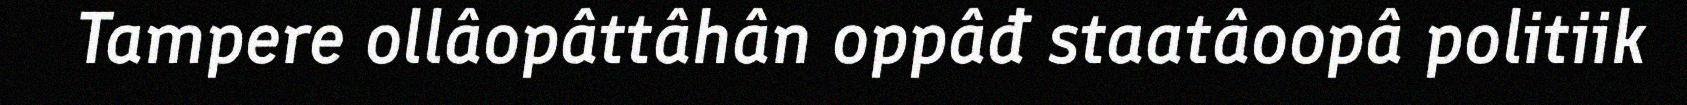
Tampere ollâopâttâhân oppâđ staatâoopâ politiik